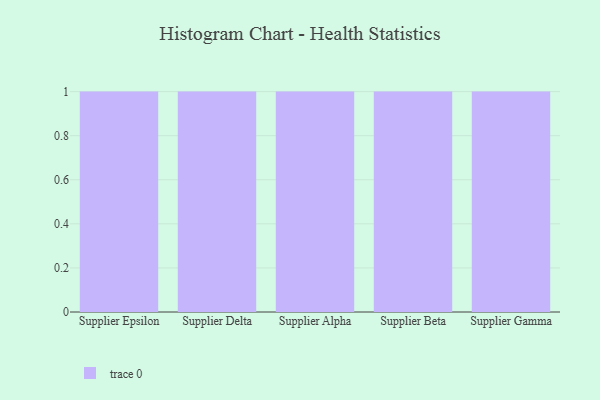
{"axis": {"x": "Supplier", "y": "Operating Costs (USD K)"}, "legend": [""], "data": [{"x": "Supplier Epsilon", "y": 15, "type": ""}, {"x": "Supplier Delta", "y": 69, "type": ""}, {"x": "Supplier Alpha", "y": 24, "type": ""}, {"x": "Supplier Beta", "y": 28, "type": ""}, {"x": "Supplier Gamma", "y": 24, "type": ""}]}